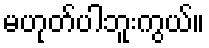
မဟုတ်ပါဘူးကွယ်။